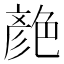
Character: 𦫨